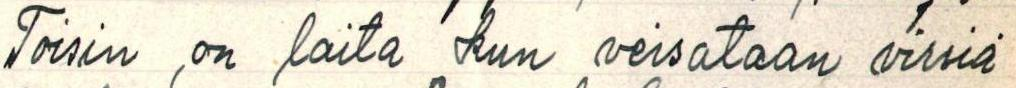
Toisin on laita kun veisataan virsiä